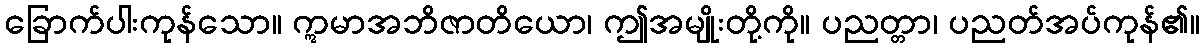
ခြောက်ပါးကုန်သော။ ဣမာအဘိဇာတိယော၊ ဤအမျိုးတို့ကို။ ပညတ္တာ၊ ပညတ်အပ်ကုန်၏။